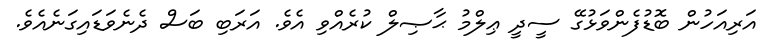
އަރިއަހުން ބޮޑުފެންވަޅުގޭ ސީދީ ޢިލްމު ޙާޞިލް ކުރެއްވި އެވެ. އަރަބި ބަސް ދެނެވަޑައިގަނެއެވެ.